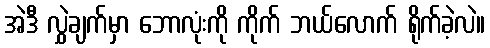
အဲဒီ လွှဲချက်မှာ ဘောလုံးကို ကိုက် ဘယ်လောက် ရိုက်ခဲ့လဲ။